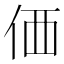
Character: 価